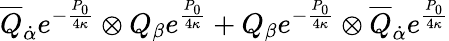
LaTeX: \overline{{{Q}}}_{\dot{\alpha}}e^{-{\frac{P_{0}}{4\kappa}}}\otimes Q_{\beta}e^{\frac{P_{0}}{4\kappa}}+Q_{\beta}e^{-{\frac{P_{0}}{4\kappa}}}\otimes\overline{{{Q}}}_{\dot{\alpha}}e^{\frac{P_{0}}{4\kappa}}